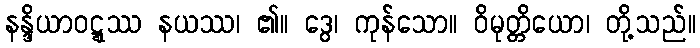
နန္ဒိယာဝဋ္ဋဿ နယဿ၊ ၏။ ဒွေ၊ ကုန်သော။ ဝိမုတ္တိယော၊ တို့သည်။